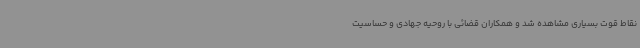
نقاط قوت بسیاری مشاهده شد و همکاران قضائی با روحیه جهادی و حساسیت